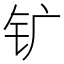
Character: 𰽚